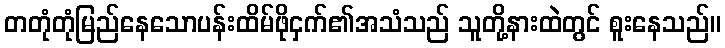
တတုံတုံမြည်နေသောပန်းထိမ်ဖိုငှက်၏အသံသည် သူတို့နားထဲတွင် စူးနေသည်။